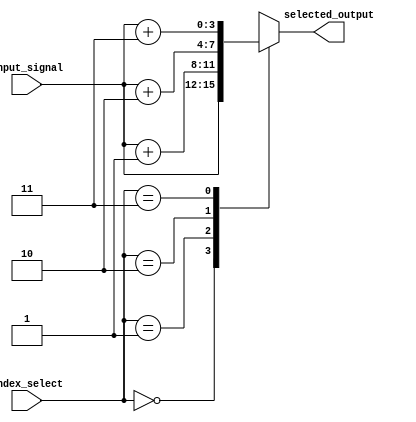
module ArrayContinuousAssignment (
    input wire [3:0] input_signal,   // Example input signal
    input wire [1:0] index_select,    // Index selector for array access
    output wire [3:0] selected_output  // Output based on selected index
);

    // 1D Array Declaration and Initialization
    reg [3:0] array_1d [0:3]; // 4-element array of 4-bit registers

    // 2D Array Declaration and Initialization
    reg [3:0] array_2d [0:2][0:2]; // 3x3 array of 4-bit registers

    // Continuous Assignment for 1D Array
    assign array_1d[0] = input_signal;
    assign array_1d[1] = input_signal + 4'd1;
    assign array_1d[2] = input_signal + 4'd2;
    assign array_1d[3] = input_signal + 4'd3;

    // Continuous Assignment for 2D Array
    assign array_2d[0][0] = 4'd0;
    assign array_2d[0][1] = 4'd1;
    assign array_2d[0][2] = 4'd2;
    assign array_2d[1][0] = 4'd3;
    assign array_2d[1][1] = 4'd4;
    assign array_2d[1][2] = 4'd5;
    assign array_2d[2][0] = 4'd6;
    assign array_2d[2][1] = 4'd7;
    assign array_2d[2][2] = 4'd8;

    // Selecting output from 1D Array based on index_select
    assign selected_output = array_1d[index_select];

endmodule